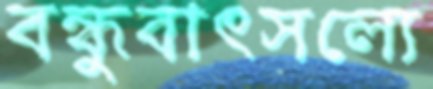
বন্ধুবাৎসল্যে